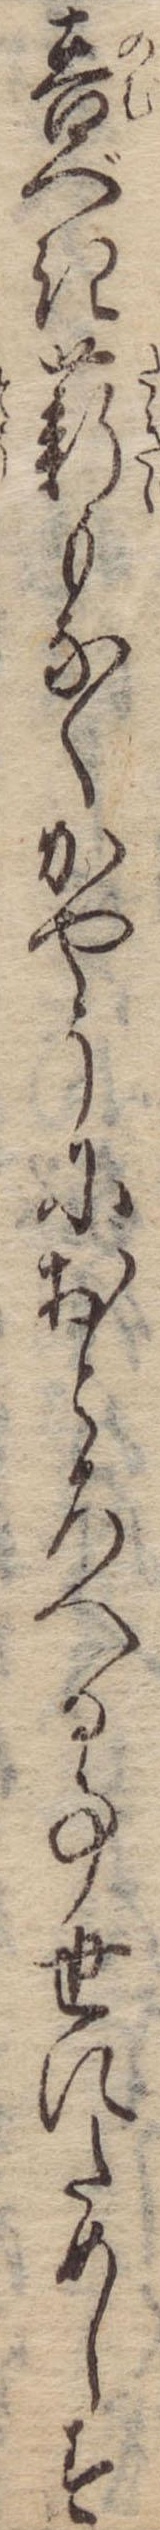
呑べき薪もなくかやうにおとろへる事世にためしす